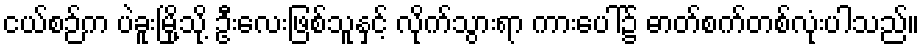
ငယ်စဉ်က ပဲခူးမြို့သို့ ဦးလေးဖြစ်သူနှင့် လိုက်သွားရာ ကားပေါ်၌ ဓာတ်စက်တစ်လုံးပါသည်။